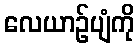
လေယာဉ်ပျံကို